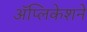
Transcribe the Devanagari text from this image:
ॲप्लिकेशने